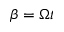
\beta = \Omega t